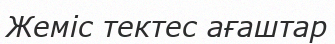
Жеміс тектес ағаштар